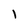
Character: l